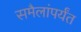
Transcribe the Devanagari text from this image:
समैलांपर्यंत